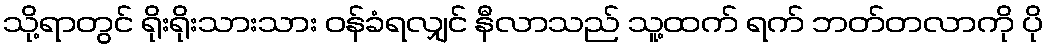
သို့ရာတွင် ရိုးရိုးသားသား ဝန်ခံရလျှင် နီလာသည် သူ့ထက် ရက် ဘတ်တလာကို ပို